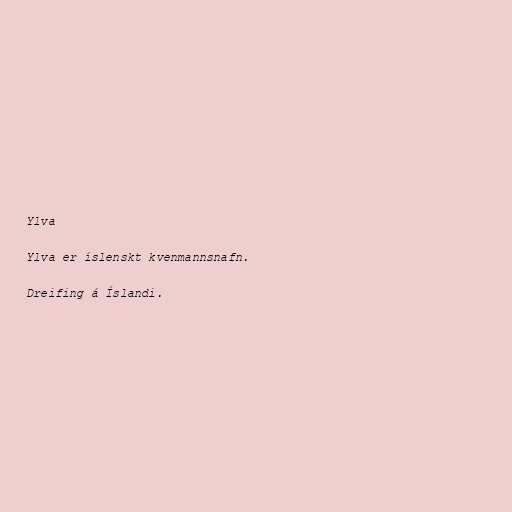
Ylva

Ylva er íslenskt kvenmannsnafn.

Dreifing á Íslandi.